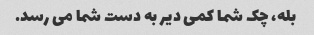
بله، چک شما کمی دیر به دست شما می رسد.